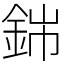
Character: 銟